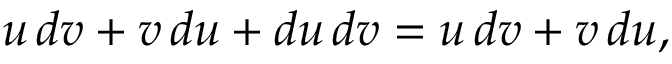
u \, d v + v \, d u + d u \, d v = u \, d v + v \, d u ,